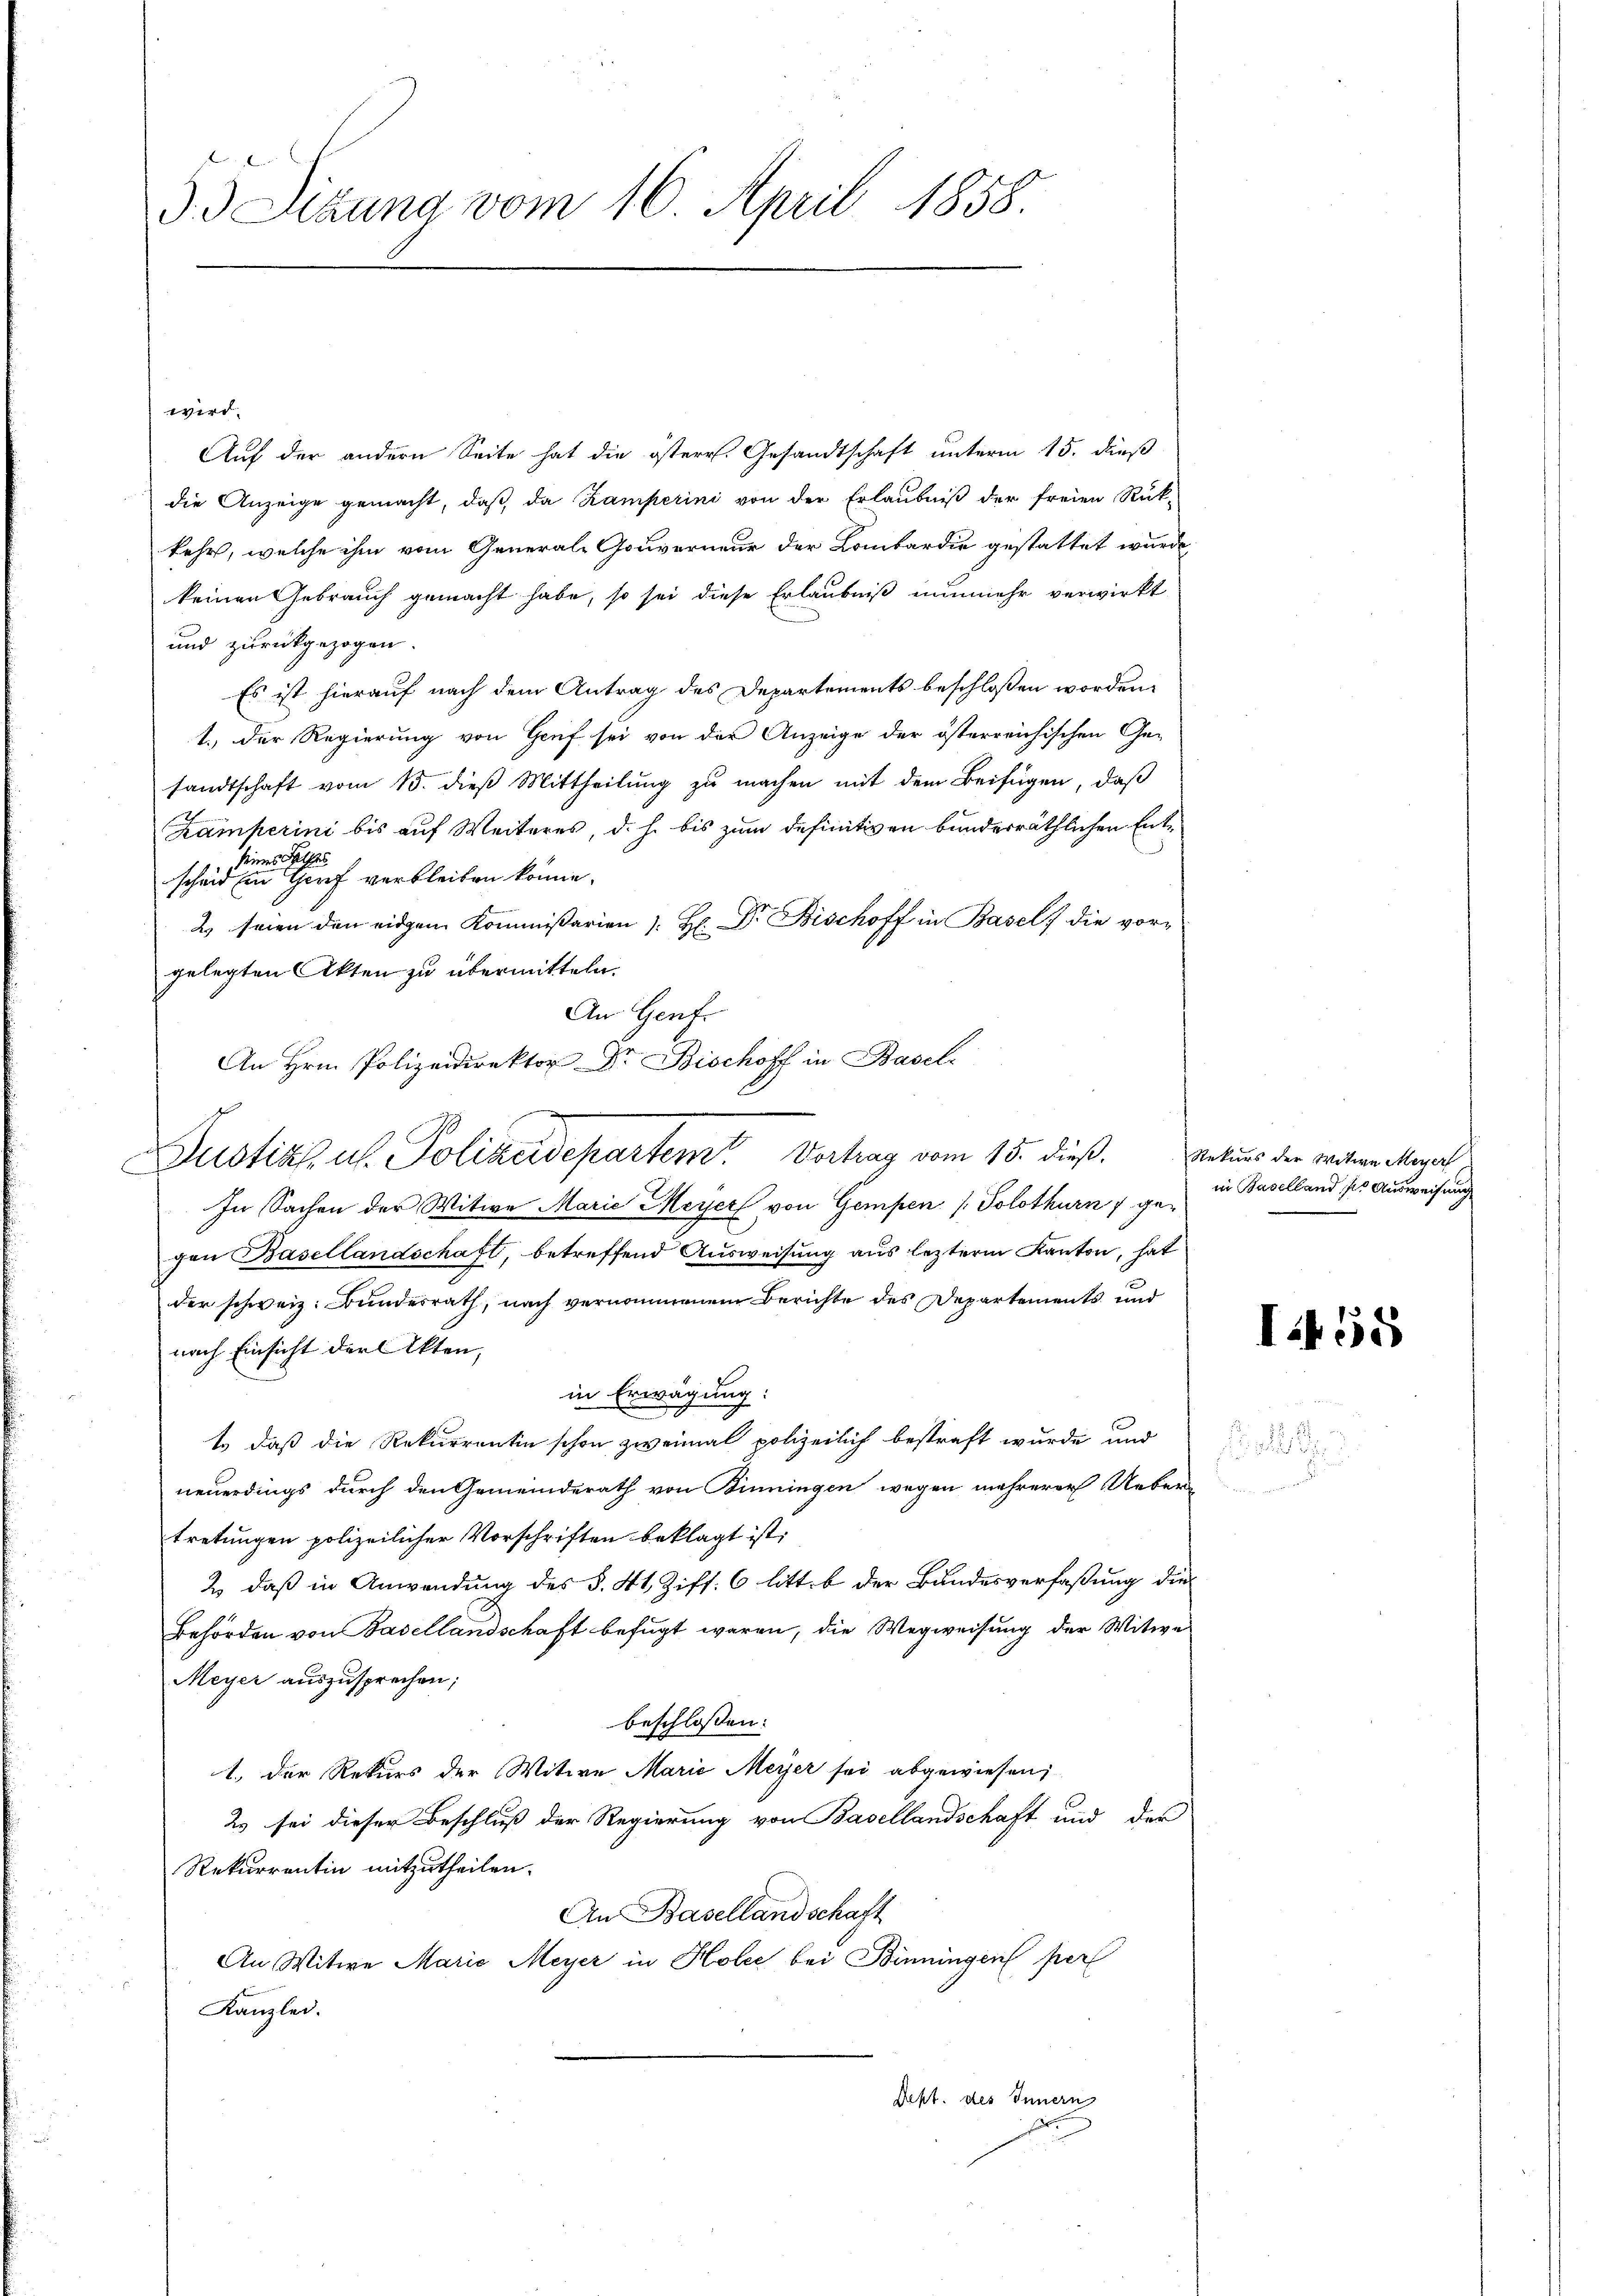
55 Sizung vom 16. April 1858.

wird.
Aŭf der andern Seite hat die österr. Gesandtschaft unterm 15. dieß
die Anzeige gemacht, daß da Kamperini von der Erlaubniß der freien Rück-
kehr, welche ihm vom General-Gouverneur der Lombardie gestattet wurde,
keinen Gebrauch gemacht habe, so sei diese Erlaubniß nunmehr verwirkt
und zurückgezogen.
Es ist hierauf nach dem Antrag des Departements beschlossen worden.
1.) Der Regierung von Gruf sei von der Anzeige der österreichischen Ge-
sandtschaft vom 15. dieß Mittheilung zu machen mit dem Beifügen, daß
Kamperini bis auf Weiteres, d. h. bis zum definitiven bunderräthlichen Entscheint eine einer verbleiben könne.
2) seien den eidgen Kommissarien /: H: Dr. Bischoff in Basel, die vor-
gelegten Akten zu übermitteln.
An Genf.
An Hrn. Polizeidirektor Dr. Bischoff in Basel
In Sachen der Witwe Marie Meyer von Gempen /: Solothurn gegen Basellandschaft, betreffend Ausweisung aus lezterm Kanton, hat
der schweiz. Bundesrath, nach vernommenem Berichte des Departements und
nach Einsicht der Akten,
in Erwägung:
1.) daß die Rekurrentin schon zweimal polizeilich bestraft wurde und
neuerdings durch den Gemeinderath von Binningen wegen mehrerer Ueber-
tretungen polizeilicher Vorschriften beklagt ist:
2) daß in Anwendung des §. 41. Ziff. 6 litt. b der Bundesverfaßung die¬
Behörden von Basellandschaft befugt waren, die Wegweisung der Witwe
Meyer auszusprechen;
beschlossen:
1.) Der Rekurs der Witwe Marie Meyer sei abgewiesen,
2 sei dieser Beschluß der Regierung von Basellandschaft und der
Rekurrentin mitzutheilen.
An Basellandschaft
An Witwe Marie Meyer in Holee bei Binningen per
Kanzlei.
Rept. des Innern

Dustiz, u. Polizeidepartem Vortrag vom 15. dieß.

s
u

Rekurs der Witwe Meyer
in Baselland, so Ausweisung

I55